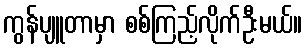
ကွန်ပျူတာမှာ စစ်ကြည့်လိုက်ဦးမယ်။